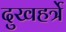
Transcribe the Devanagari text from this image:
दुखहर्त्रे